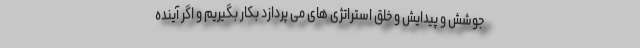
جوشش و پیدایش و خلق استراتژی های می پردازد بکار بگيریم و اگر آینده